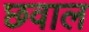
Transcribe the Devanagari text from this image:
छवाल